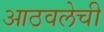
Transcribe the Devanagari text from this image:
आठवलेची